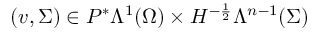
( v , \Sigma ) \in P ^ { \ast } \Lambda ^ { 1 } ( \Omega ) \times H ^ { - \frac { 1 } { 2 } } \Lambda ^ { n - 1 } ( \Sigma )